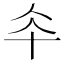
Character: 𠦍